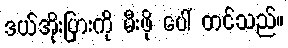
ဒယ်အိုးပြားကို မီးဖို ပေါ် တင်သည်။